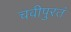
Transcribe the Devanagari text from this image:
चवीपुरतं